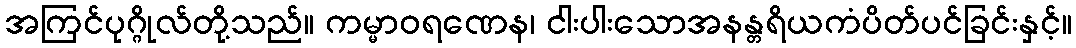
အကြင်ပုဂ္ဂိုလ်တို့သည်။ ကမ္မာဝရဏေန၊ ငါးပါးသောအနန္တရိယကံပိတ်ပင်ခြင်းနှင့်။